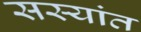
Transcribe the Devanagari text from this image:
सस्यांत